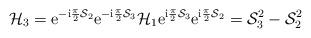
LaTeX: \begin{align*}{\cal H}_3={\mathrm e}^{-{\mathrm i}\frac{\pi}{2}{\cal S}_2} {\mathrm e}^{-{\mathrm i}\frac{\pi}{2}{\cal S}_3}{\cal H}_1 {\mathrm e}^{{\mathrm i}\frac{\pi}{2}{\cal S}_3} {\mathrm e}^{{\mathrm i}\frac{\pi}{2}{\cal S}_2} = {\cal S}_3^2-{\cal S}_2^2\end{align*}